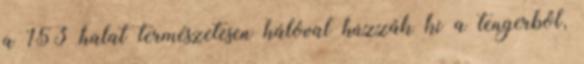
a 153 halat természetesen hálóval húzzák ki a tengerből,